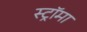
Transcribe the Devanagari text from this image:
स्ट्राॅमा